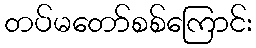
တပ်မတော်စစ်ကြောင်း